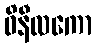
ဝိနီလကော